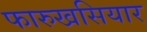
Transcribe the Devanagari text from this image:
फारुखसियार